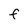
Character: F